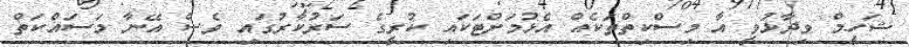
ޝަހީމް ވިދާޅުވީ އާ މިސްކިތްތަކެއް އެޅުމަށްޓަކައި ކުރީގެ ސަރުކާރުގައި ވެސް އޭނާ މަސައްކަތް